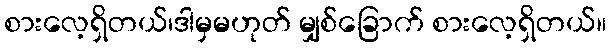
စားလေ့ရှိတယ်၊ဒါမှမဟုတ် မျှစ်ခြောက် စားလေ့ရှိတယ်။